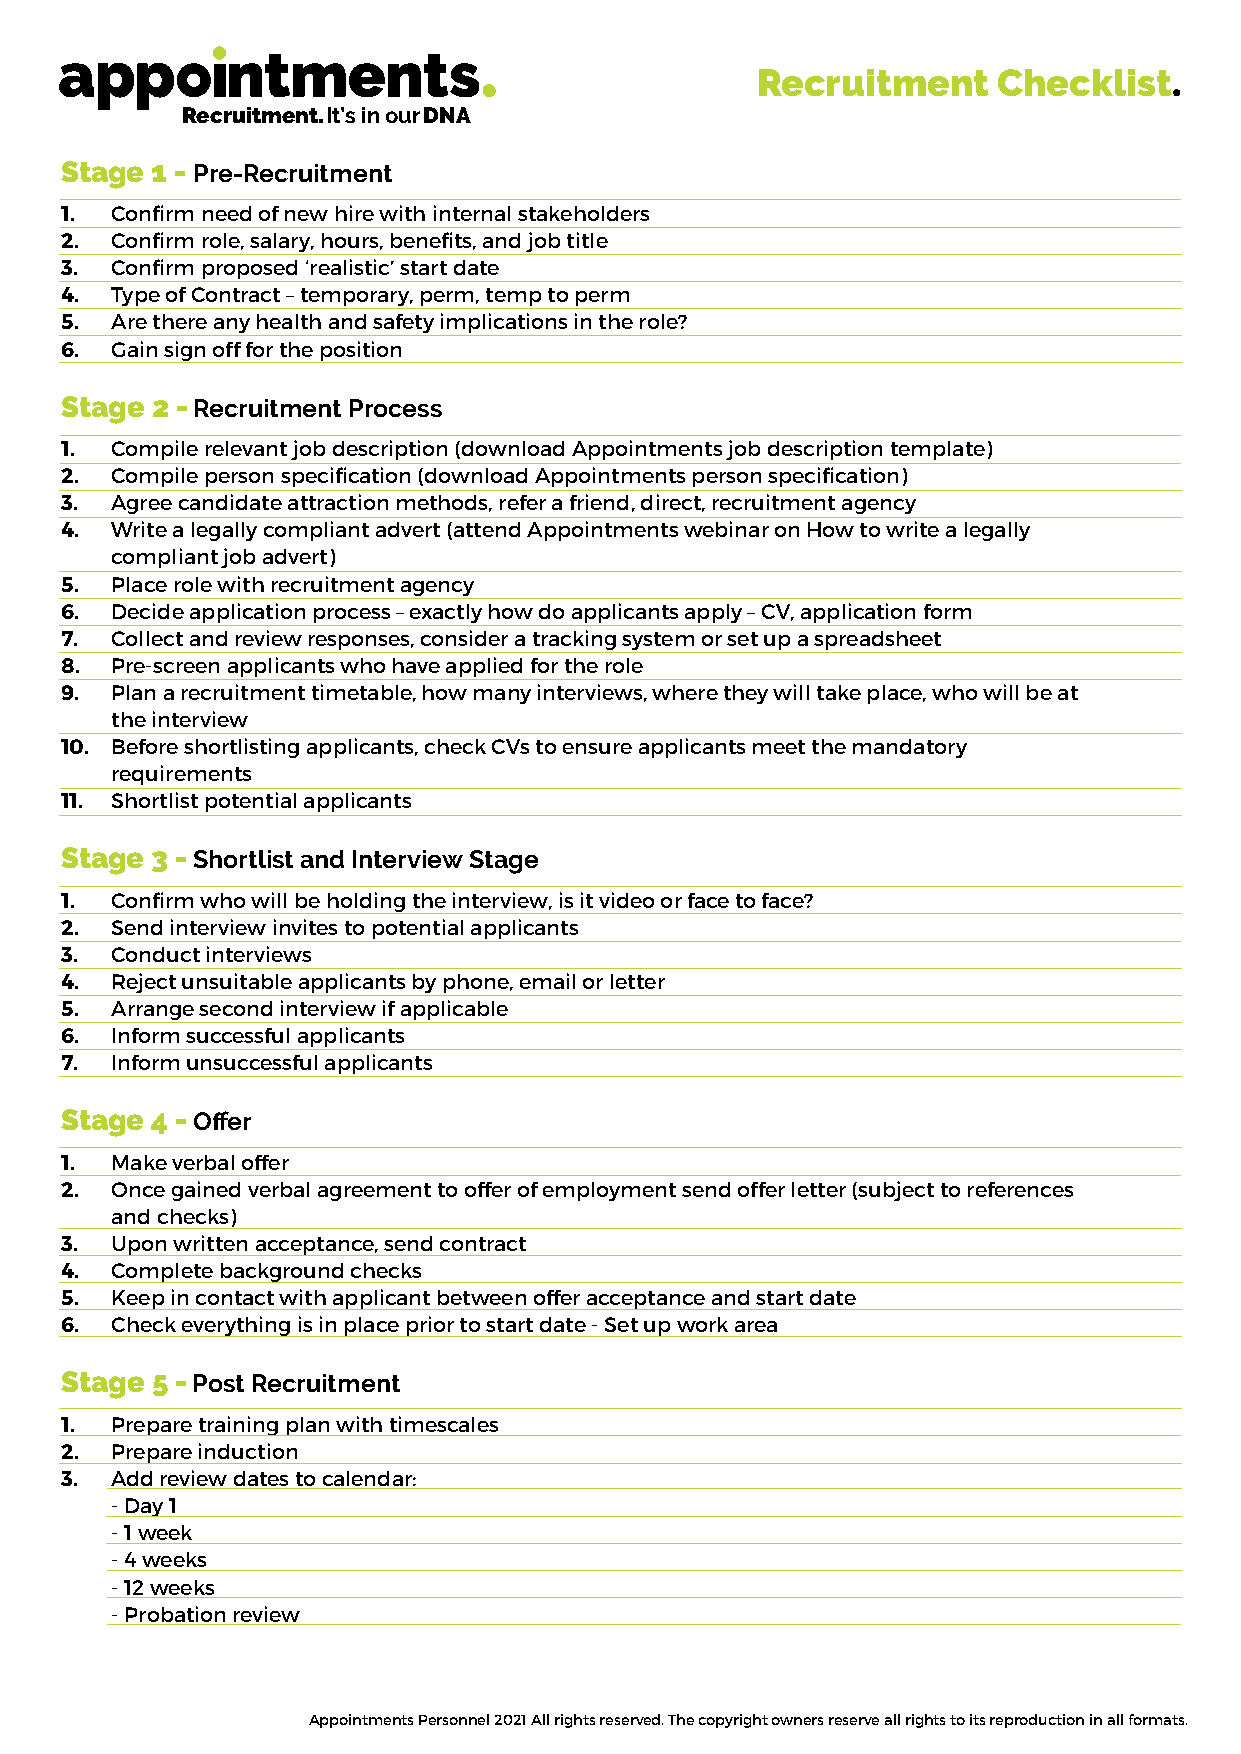
Recruitment     Checklist.
 Recruitment. It’s in our DNA
 Stage 1 - Pre-Recruitment
 1. Confirm need of new hire with internal stakeholders
 2. Confirm role, salary, hours, benefits, and job title
 3. Confirm proposed ‘realistic’ start date
 4. Type of Contract – temporary, perm, temp to perm
 5. Are there any health and safety implications in the role?
 6. Gain sign off for the position
 Stage 2 - Recruitment Process
 1. Compile relevant job description (download Appointments job description template)
 2. Compile person specification (download Appointments person specification)
 3. Agree candidate attraction methods, refer a friend, direct, recruitment agency
 4. Write a legally compliant advert (attend Appointments webinar on How to write a legally
 compliant job advert)
 5. Place role with recruitment agency
 6. Decide application process – exactly how do applicants apply – CV, application form
 7. Collect and review responses, consider a tracking system or set up a spreadsheet
 8. Pre-screen applicants who have applied for the role
 9. Plan a recruitment timetable, how many interviews, where they will take place, who will be at
 the interview
 10. Before shortlisting applicants, check CVs to ensure applicants meet the mandatory
 requirements
 11. Shortlist potential applicants
 Stage 3 - Shortlist and Interview Stage
 1. Confirm who will be holding the interview, is it video or face to face?
 2. Send interview invites to potential applicants
 3. Conduct interviews
 4. Reject unsuitable applicants by phone, email or letter
 5. Arrange second interview if applicable
 6. Inform successful applicants
 7. Inform unsuccessful applicants
 Stage 4 - Offer
 1. Make verbal offer
 2. Once gained verbal agreement to offer of employment send offer letter (subject to references
 and checks)
 3. Upon written acceptance, send contract
 4. Complete background checks
 5. Keep in contact with applicant between offer acceptance and start date
 6. Check everything is in place prior to start date - Set up work area
 Stage 5 - Post Recruitment
 1. Prepare training plan with timescales
 2. Prepare induction
 3. Add review dates to calendar:
 - Day 1
 - 1 week
 - 4 weeks
 - 12 weeks
 - Probation review
 Appointments Personnel 2021 All rights reserved. The copyright owners reserve all rights to its reproduction in all formats.